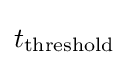
t_{\text{threshold}}